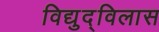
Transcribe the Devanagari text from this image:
विद्युद्विलास